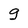
Character: g